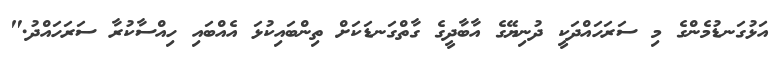
އަޅުގަނޑުމެންގެ މި ސަރަހައްދަކީ ދުނިޔޭގެ އާބާދީގެ ގާތްގަނޑަކަށް ތިންބައިކުޅަ އެއްބައި ހިއްސާކުރާ ސަރަހައްދު."